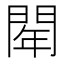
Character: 𨴞